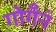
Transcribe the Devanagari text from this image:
गोगँनं